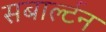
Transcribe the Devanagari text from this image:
सबार्ल्टन